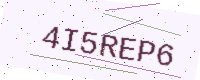
Text: 4I5REP6